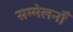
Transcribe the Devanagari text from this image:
सम्मेलनोँ